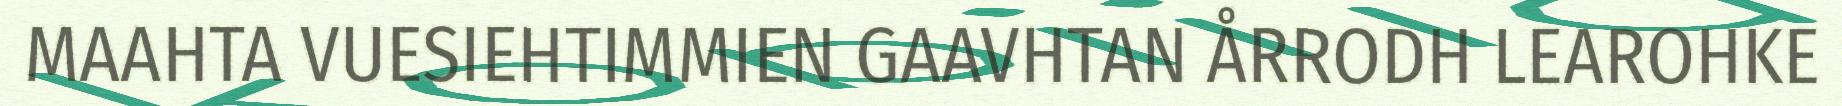
MAAHTA VUESIEHTIMMIEN GAAVHTAN ÅRRODH LEAROHKE